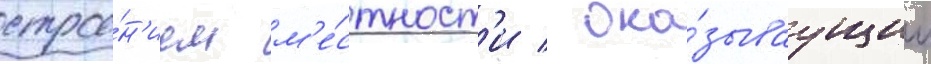
строе́н'ием м'е́стност'и / ока́зываущим